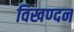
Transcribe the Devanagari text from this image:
विखण्दन